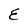
Character: E